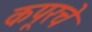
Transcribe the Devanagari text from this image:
कपूरचे